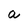
Character: a